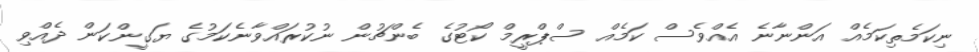
ނިކަމެތިކަމެއް އަންނާނެ އެއްވެސް ކަމެއް ސްޕްރީމް ކޯޓުގެ ބެންޗުން ނުކުރައްވާނެކަމުގެ ޔަގީންކަން ދެއްވި